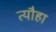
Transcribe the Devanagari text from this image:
त्यौहा